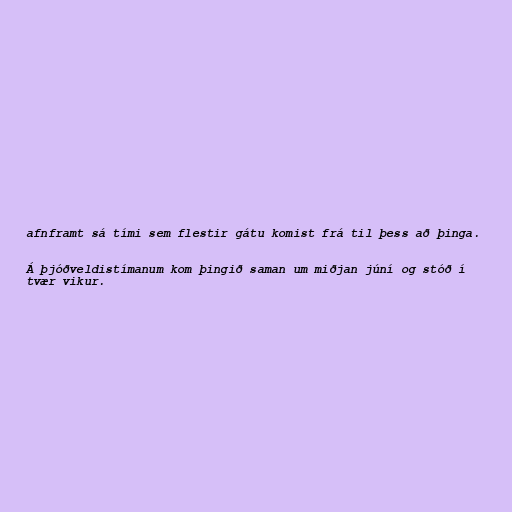
afnframt sá tími sem flestir gátu komist frá til þess að þinga.

Á þjóðveldistímanum kom þingið saman um miðjan júní og stóð í
tvær vikur.